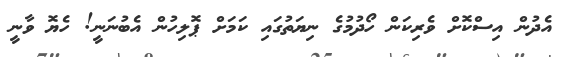
އެދުން އިސްކޮށް ވެރިކަން ހޯދުމުގެ ނިޔަތުގައި ކަމަށް ޕޮލިހުން އެބުނަނީ! ހެޔޮ ވާނީ